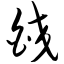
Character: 皎